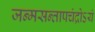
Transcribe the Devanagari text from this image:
जन्मसन्तापचंद्रोऽयं